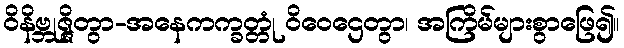
ဝိနိဗ္ဘုဇ္ဇိတွာ-အနေကက္ခတ္တုံ ဝိဝေဌေတွာ၊ အကြိမ်များစွာဖြေ၍။